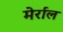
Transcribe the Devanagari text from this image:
मेर्राल